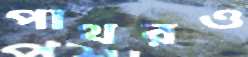
পাথরও